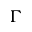
\Gamma